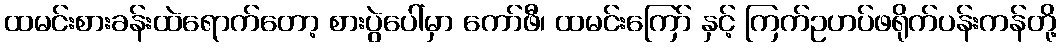
ထမင်းစားခန်းထဲရောက်တော့ စားပွဲပေါ်မှာ ကော်ဖီ၊ ထမင်းကြော် နှင့် ကြက်ဥဟပ်ဖရိုက်ပန်းကန်တို့